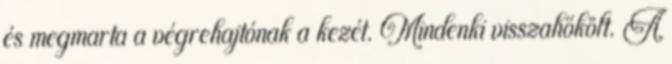
és megmarta a végrehajtónak a kezét. Mindenki visszahőkölt. A